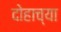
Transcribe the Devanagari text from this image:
दोहाच्या